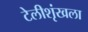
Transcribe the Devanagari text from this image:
टेलीशृंखला